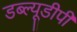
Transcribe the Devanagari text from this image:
डब्ल्यूडीपी